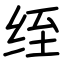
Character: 绖